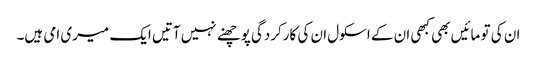
ان کی تو مائیں بھی کبھی ان کے اسکول ان کی کارکردگی پوچھنے نہیں آتیں ایک میری امی ہیں۔